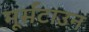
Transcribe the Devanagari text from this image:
मूर्सटाउन